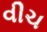
વીચ